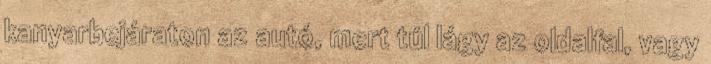
kanyarbejáraton az autó, mert túl lágy az oldalfal, vagy